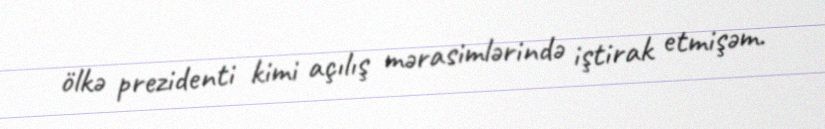
ölkə prezidenti kimi açılış mərasimlərində iştirak etmişəm.